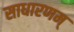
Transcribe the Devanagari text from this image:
साधारणम्